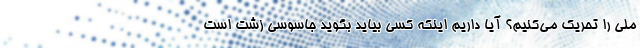
ملی را تحریک می‌کنیم؟ آیا داریم اینکه کسی بیاید بگوید جاسوسی زشت است